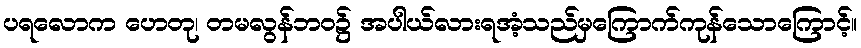
ပရလောက ဟေတု၊ တမလွန်ဘဝ၌ အပါယ်လားရအံ့သည်မှကြောက်ကုန်သောကြောင့်။